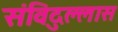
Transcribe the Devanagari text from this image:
संविदुल्लास